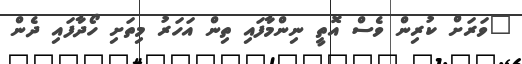
"ވަރަށް ކުރިން ވެސް އޮތީ ނިންމާފައި ތިން އަހަރު މިތަށި ހޯދާފައި ދެން